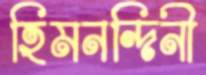
হিমনন্দিনী